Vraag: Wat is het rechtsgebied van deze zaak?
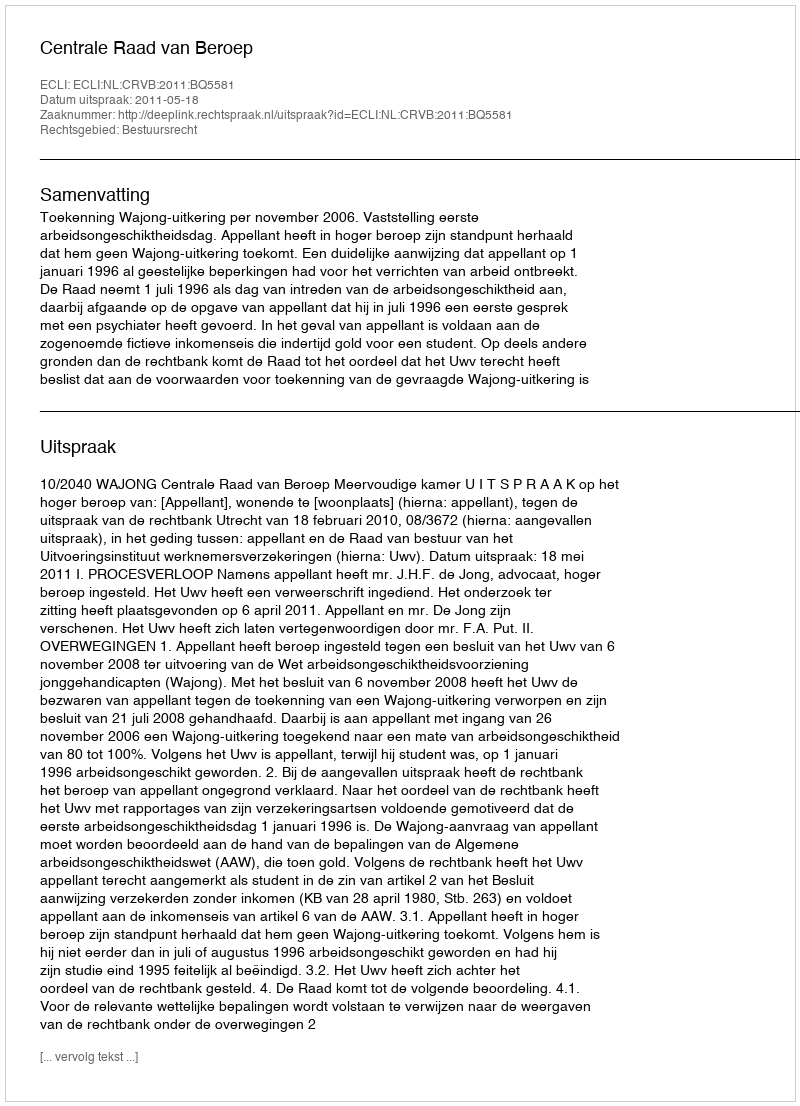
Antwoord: Bestuursrecht